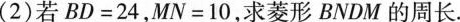
(2)若$$BD=24$$,$$MN=10$$,求菱形BNDM的周长.